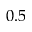
0 . 5